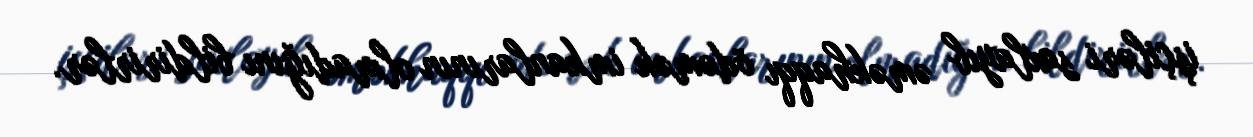
işçiləri saxlayıb əməkhaqqı ödəmək imkanlarının olmadığını bildirirlər.